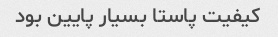
کیفیت پاستا بسیار پایین بود